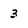
Character: 3